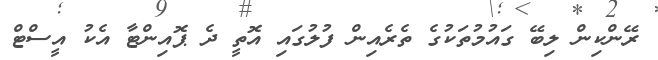
ރޭންކިން ލިބޭ ގައުމުތަކުގެ ތެރެއިން ފުލުގައި އޮތީ ދެ ޕޮއިންޓާ އެކު އީސްޓް